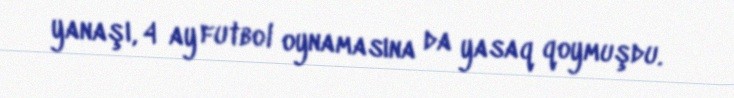
yanaşı, 4 ay futbol oynamasına da yasaq qoymuşdu.